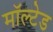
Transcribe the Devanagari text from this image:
मॉल्टेड